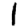
Digit: 1